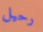
رحيل